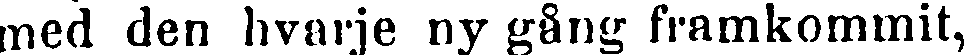
med den hvarje ny gång framkommit,